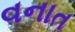
વનાત